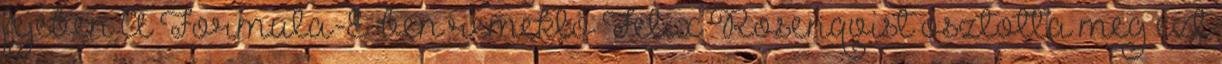
fejében A Formula-E-ben remeklő Felix Rosenqvist osztotta meg ezt